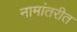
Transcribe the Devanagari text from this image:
नामांतरीत